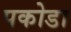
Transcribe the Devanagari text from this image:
पकोडा